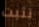
تثبت